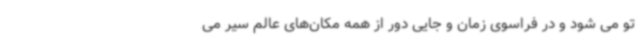
تو می شود و در فراسوی زمان و جایی دور از همه مکان‌های عالم سیر می